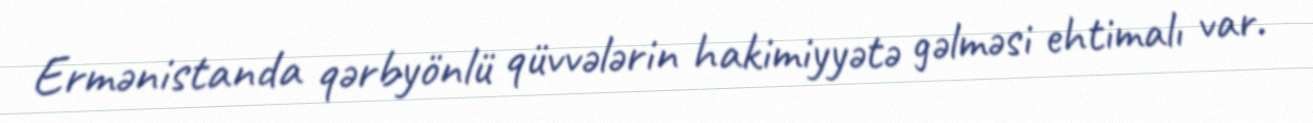
Ermənistanda qərbyönlü qüvvələrin hakimiyyətə gəlməsi ehtimalı var.